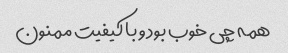
همه چی خوب بود و با کیفیت ممنون